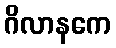
ဂိလာနကေ